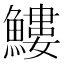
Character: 䱾